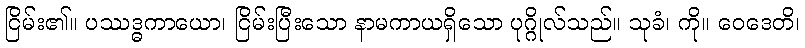
ငြိမ်း၏။ ပဿဒ္ဓကာယော၊ ငြိမ်းပြီးသော နာမကာယရှိသော ပုဂ္ဂိုလ်သည်။ သုခံ၊ ကို။ ဝေဒေတိ၊